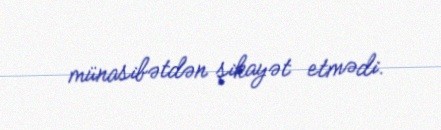
münasibətdən şikayət etmədi.